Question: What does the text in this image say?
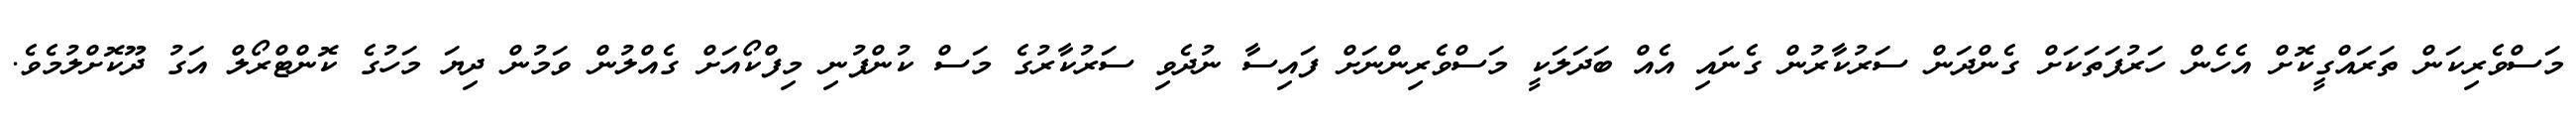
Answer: މަސްވެރިކަން ތަރައްގީކޮށް އެހެން ހަރުފަތަކަށް ގެންދަން ސަރުކާރުން ގެނައި އެއް ބަދަލަކީ މަސްވެރިންނަށް ފައިސާ ނުދެވި ސަރުކާރުގެ މަސް ކުންފުނި މިފްކޯއަށް ގެއްލުން ވަމުން ދިޔަ މަހުގެ ކޮންޓްރޯލް އަގު ދޫކޮށްލުމެވެ.